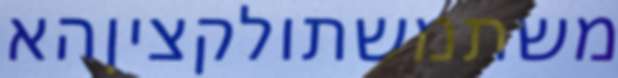
משתמשתולקציןהא